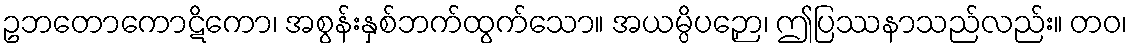
ဥဘတောကောဋိကော၊ အစွန်းနှစ်ဘက်ထွက်သော။ အယမ္ပိပဉှော၊ ဤပြဿနာသည်လည်း။ တဝ၊